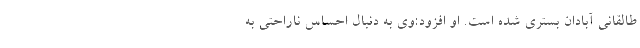
طالقانی آبادان بستری شده است. او افزود:وی به دنبال احساس ناراحتی به